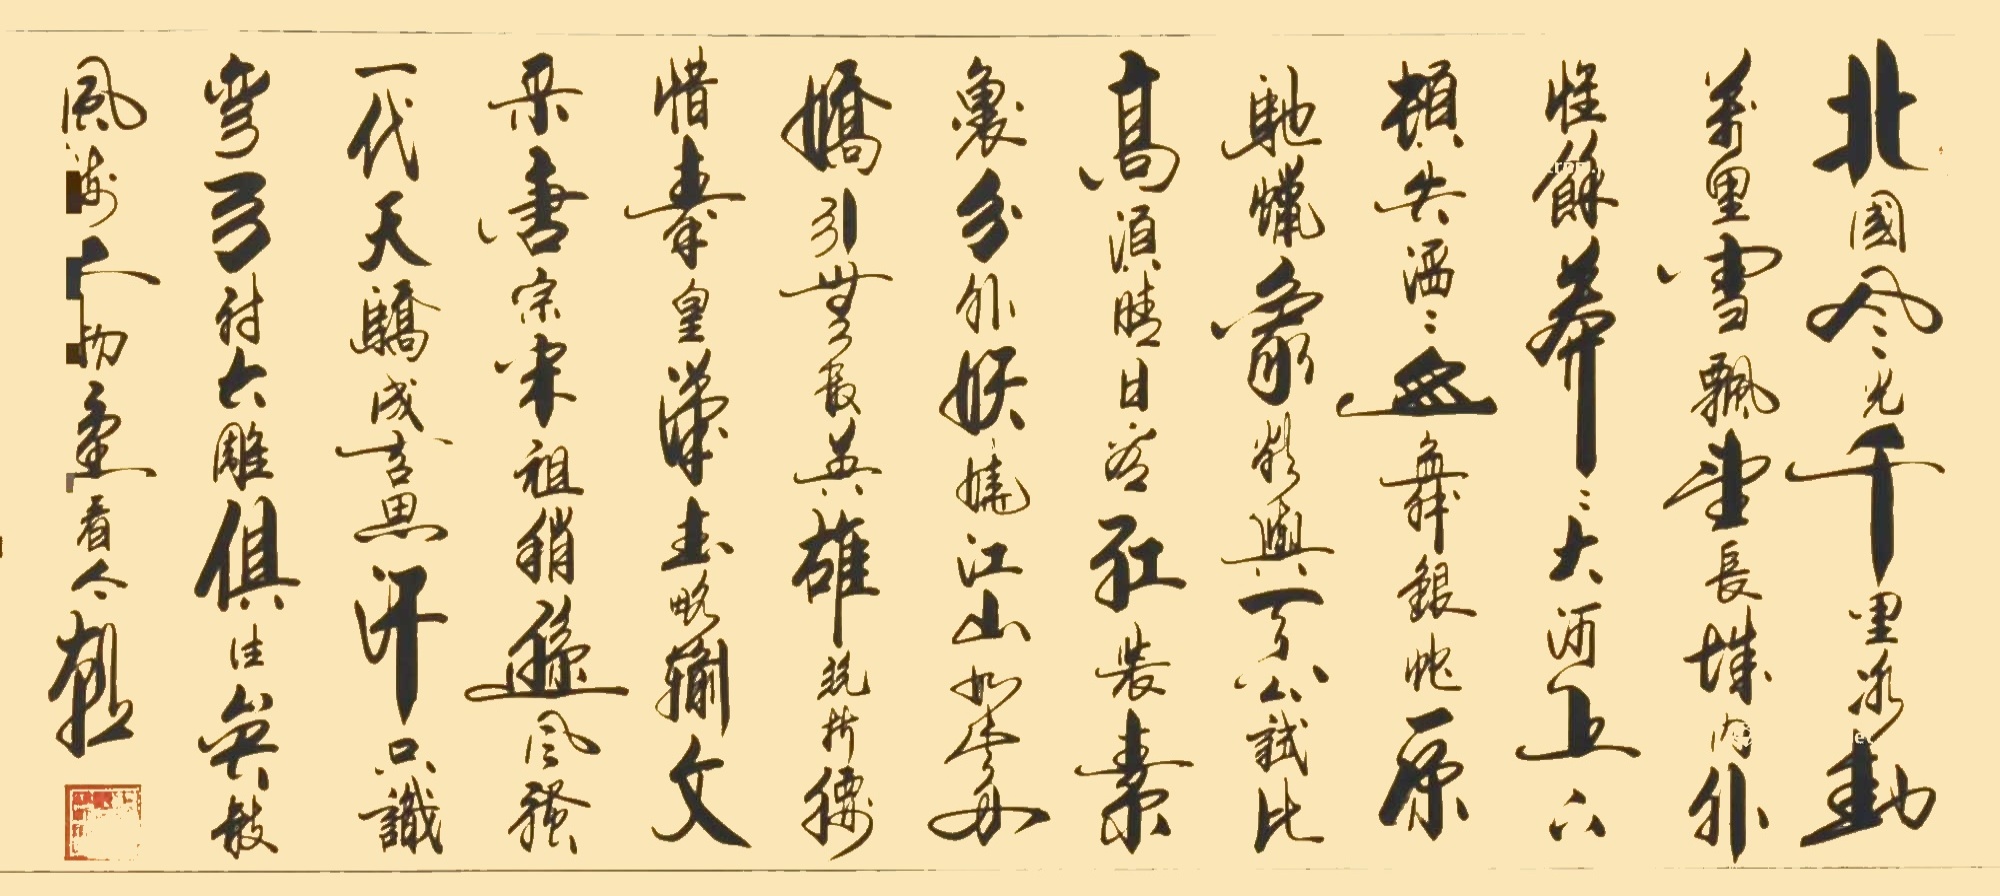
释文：北国风光，千里冰封，万里雪飘。望长城内外，惟余莽莽；大河上下，顿失滔滔。山川壮丽，气象万千。红日初升，阳光普照，万里江山，一片红光。江山如此多娇，引无数英雄竞折腰。惜秦皇汉武，略输文采；唐宗宋祖，稍逊风骚。一代天骄，成吉思汗，只识弯弓射大雕。俱往矣，数风流人物，还看今朝。曹紫剑书